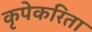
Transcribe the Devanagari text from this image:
कृपेकरिता